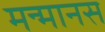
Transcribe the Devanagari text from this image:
मन्मानस